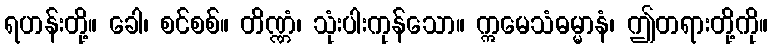
ရဟန်းတို့။ ခေါ၊ စင်စစ်။ တိဏ္ဏံ၊ သုံးပါးကုန်သော။ ဣမေသံဓမ္မာနံ၊ ဤတရားတို့ကို။